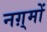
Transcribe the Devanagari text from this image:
नग़्मों